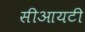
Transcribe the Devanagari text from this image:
सीआयटी